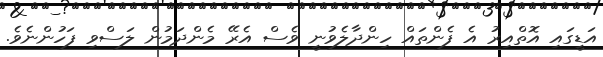
އަޑީގައި އޮތްއިރު އެ ފެންތައް ހިންދާލެވުނީ ވެސް އެރޭ މެންދަމުން ލަސްވި ފަހުންނެވެ.